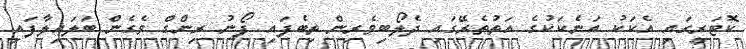
ކޮޓަރީގައި އެކަކު އަނެކަކުގެ އަތުތެރޭގައި ދެލޯބިވެރިން ތިބެފައި ފޯނު ރިންގް ވެގެން ބަލައިލާފައި